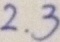
2 . 3